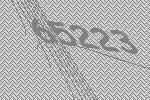
65223